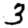
Digit: 3